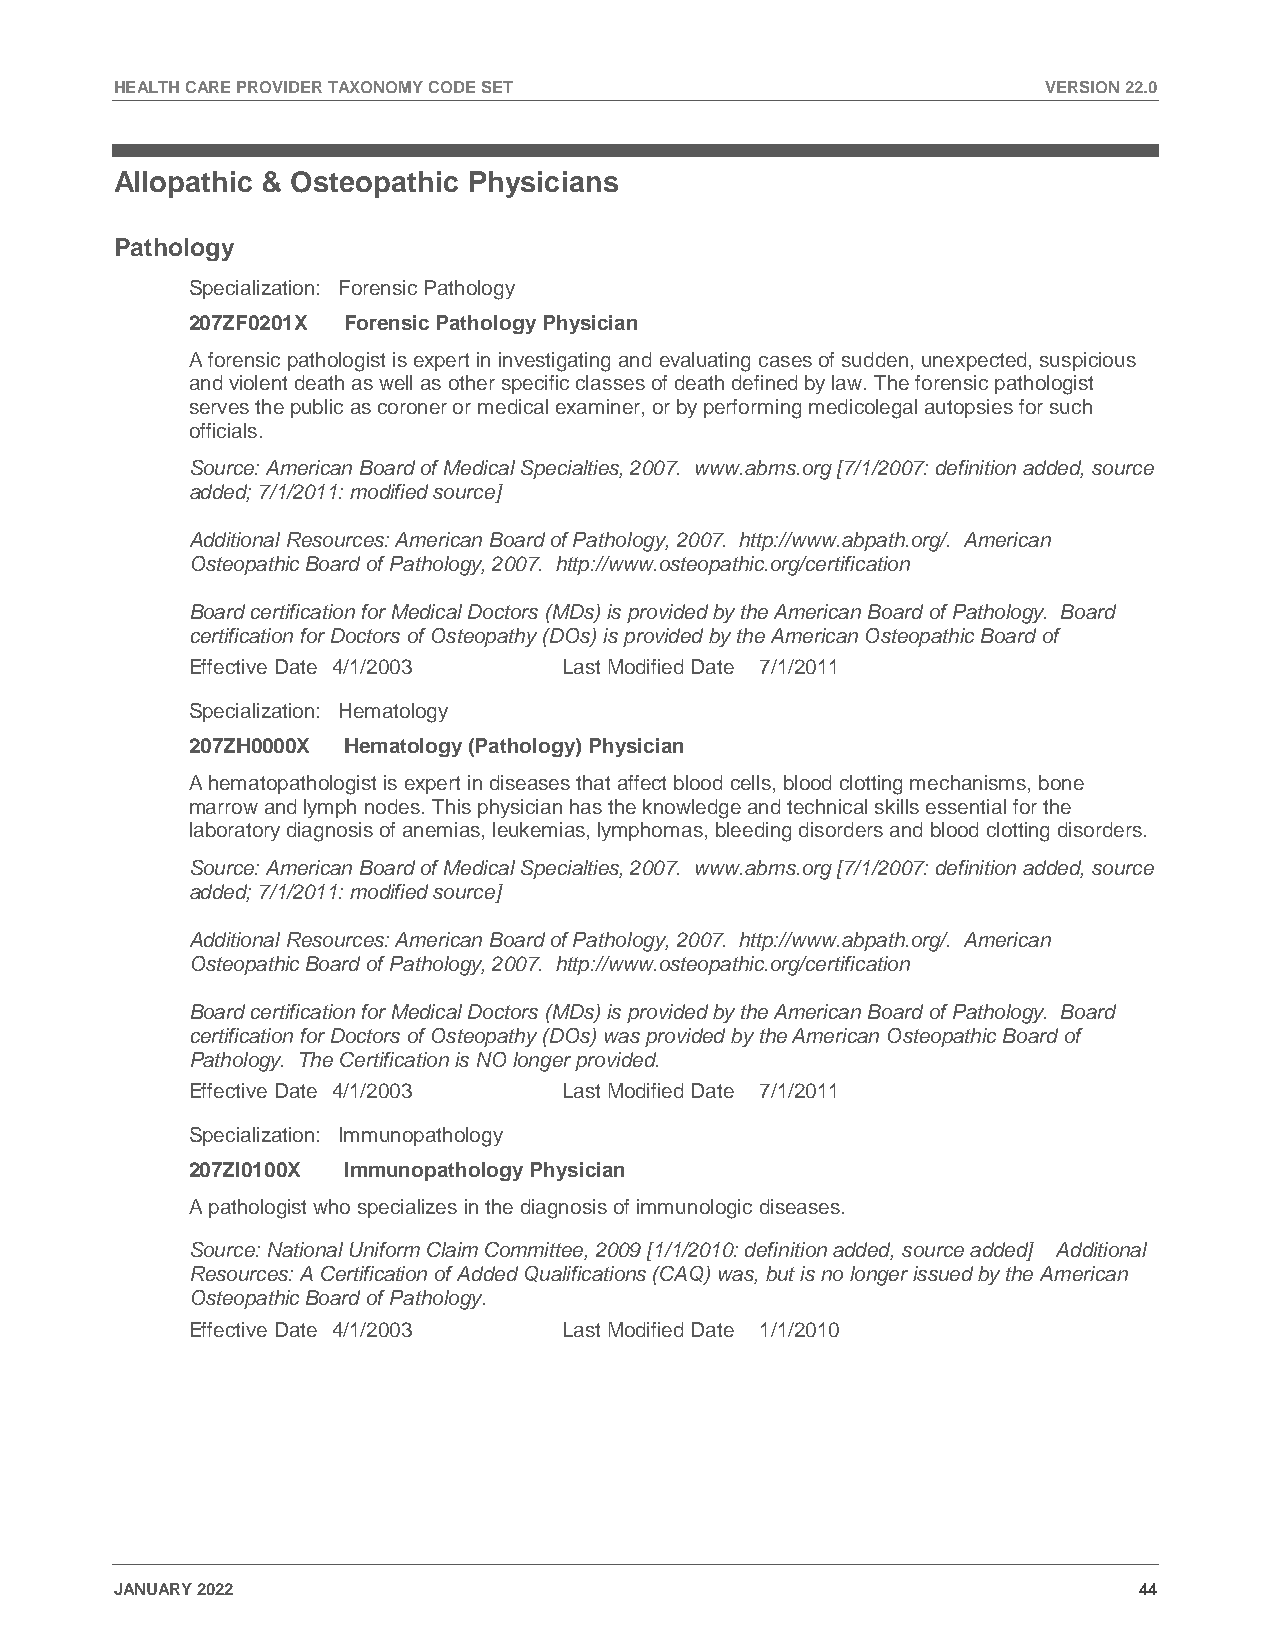
HEALTH CARE PROVIDER TAXONOMY CODE SET                       VERSION 22.0
 Allopathic & Osteopathic Physicians
 Pathology
 Specialization: Forensic Pathology
 207ZF0201X Forensic Pathology Physician
 A forensic pathologist is expert in investigating and evaluating cases of sudden, unexpected, suspicious
 and violent death as well as other specific classes of death defined by law. The forensic pathologist
 serves the public as coroner or medical examiner, or by performing medicolegal autopsies for such
 officials.
 Source: American Board of Medical Specialties, 2007. www.abms.org [7/1/2007: definition added, source
 added; 7/1/2011: modified source]
 Additional Resources: American Board of Pathology, 2007. http://www.abpath.org/. American
 Osteopathic Board of Pathology, 2007. http://www.osteopathic.org/certification
 Board certification for Medical Doctors (MDs) is provided by the American Board of Pathology. Board
 certification for Doctors of Osteopathy (DOs) is provided by the American Osteopathic Board of
 Effective Date 4/1/2003  Last Modified Date 7/1/2011
 Specialization: Hematology
 207ZH0000X Hematology (Pathology) Physician
 A hematopathologist is expert in diseases that affect blood cells, blood clotting mechanisms, bone
 marrow and lymph nodes. This physician has the knowledge and technical skills essential for the
 laboratory diagnosis of anemias, leukemias, lymphomas, bleeding disorders and blood clotting disorders.
 Source: American Board of Medical Specialties, 2007. www.abms.org [7/1/2007: definition added, source
 added; 7/1/2011: modified source]
 Additional Resources: American Board of Pathology, 2007. http://www.abpath.org/. American
 Osteopathic Board of Pathology, 2007. http://www.osteopathic.org/certification
 Board certification for Medical Doctors (MDs) is provided by the American Board of Pathology. Board
 certification for Doctors of Osteopathy (DOs) was provided by the American Osteopathic Board of
 Pathology. The Certification is NO longer provided.
 Effective Date 4/1/2003  Last Modified Date 7/1/2011
 Specialization: Immunopathology
 207ZI0100X Immunopathology Physician
 A pathologist who specializes in the diagnosis of immunologic diseases.
 Source: National Uniform Claim Committee, 2009 [1/1/2010: definition added, source added] Additional
 Resources: A Certification of Added Qualifications (CAQ) was, but is no longer issued by the American
 Osteopathic Board of Pathology.
 Effective Date 4/1/2003  Last Modified Date 1/1/2010
 JANUARY 2022                                                       44